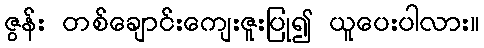
ဇွန်း တစ်ချောင်းကျေးဇူးပြု၍ ယူပေးပါလား။